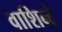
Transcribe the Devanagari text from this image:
वाशिन्दे